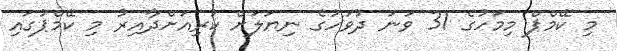
މި ކޭމްޕް މިމަހުގެ 31 ވަނަ ދުވަހުގެ ނިޔަލަށް ކުރިއަށްދާއިރު މި ކޭމްޕުގައި